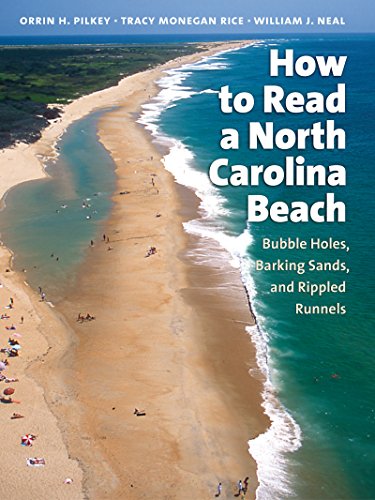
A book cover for How to Read a North Carolina Beach: Bubble Holes, Barking Sands, and Rippled Runnels (Southern Gateways Guides); Orrin H. Pilkey; Science & Math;